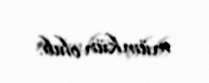
mümkün olub.